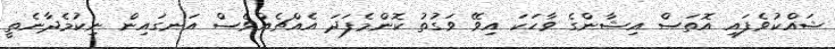
ޝައްކުވެފައި އޮތަސް އިޝާންގެ ވާހަކަ އިވޭ ވަގުތު ކޮންމެފަދަ އެއްޗެއްވެސް އަނގައިން ނިކުމެދާނެތީ